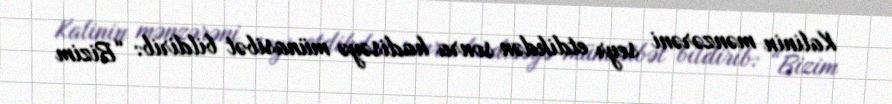
Kalinin mənzərəni seyr etdikdən sonra hadisəyə münasibət bildirib: “Bizim